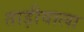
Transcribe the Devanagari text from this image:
ताड़ीवाला